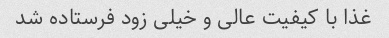
غذا با کیفیت عالی و خیلی زود فرستاده شد